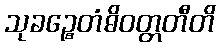
သုခဉ္စေတံဓိဝတ္တတီတိ